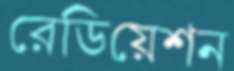
রেডিয়েশন